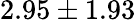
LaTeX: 2.95\pm 1.93